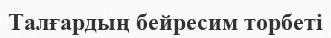
Талғардың бейресим торбеті